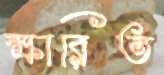
ক্ষারিত